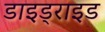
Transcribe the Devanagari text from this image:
डाइड्राइड